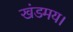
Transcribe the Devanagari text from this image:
खंडमय।